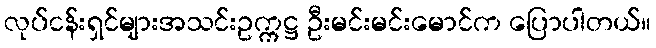
လုပ်ငန်းရှင်များအသင်းဥက္ကဋ္ဌ ဦးမင်းမင်းမောင်က ပြောပါတယ်။